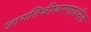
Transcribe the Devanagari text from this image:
जागतिकीकरणावरील